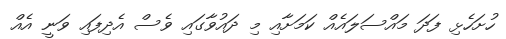
ހުށަހެޅި ފަދަ މައްސަލައެއް ކަމަށާއި މި ދައުވާގައި ވެސް އެދިފައި ވަނީ އެއް